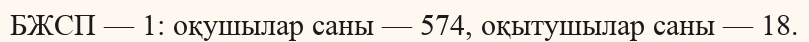
БЖСП — 1: оқушылар саны — 574, оқытушылар саны — 18.